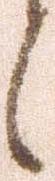
候